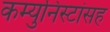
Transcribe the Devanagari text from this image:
कम्युनिस्टांसह